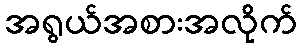
အရွယ်အစားအလိုက်